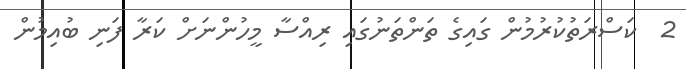
2  ކަސްރަތުކުރުމުން ގައިގެ ތަންތަނުގައި ރިއްސާ މީހުންނަށް ކަރާ ފަނި ބުއިމުން